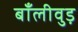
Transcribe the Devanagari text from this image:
बाँलीवुड़